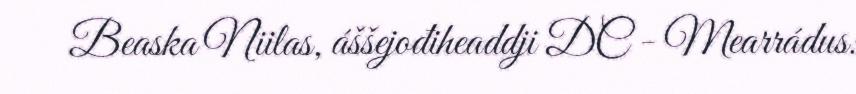
Beaska Niilas, áššejođiheaddji DC - Mearrádus: